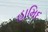
હામિદ